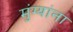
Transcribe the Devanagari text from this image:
मुंग्यांना